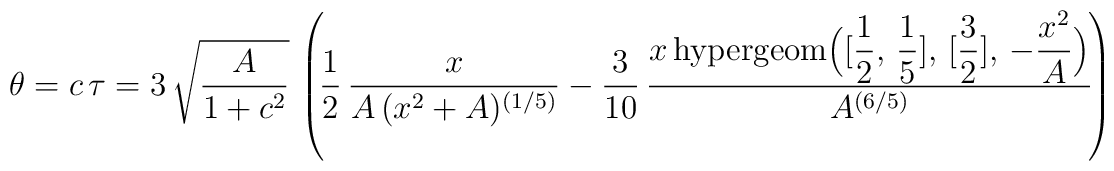
\theta = c\, \tau = 3\,\sqrt{{\displaystyle \frac {A}{1 + c^{2}}} }\,\left(  \!{\displaystyle \frac {1}{2}} \,{\displaystyle \frac {x}{A\,(x^{2} + A)^{(1/5)}}}  - {\displaystyle \frac {3}{10}} \,{\displaystyle \frac {x\,\mathrm{hypergeom}\Big([{\displaystyle \frac{1}{2}} , \,{\displaystyle \frac {1}{5}} ], \,[ {\displaystyle\frac {3}{2}} ], \, - {\displaystyle \frac {x^{2} }{A}}\Big)}{A^{(6/5)}}}  \!  \right)